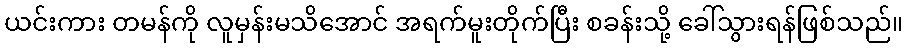
ယင်းကား တမန်ကို လူမှန်းမသိအောင် အရက်မူးတိုက်ပြီး စခန်းသို့ ခေါ်သွားရန်ဖြစ်သည်။